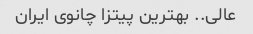
عالی.. بهترین پیتزا چانوی ایران